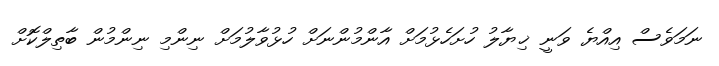
ނަމަވެސް އިއްޔެ ވަނީ ޚިޔާލު ހުށަހެޅުމަށް އާންމުންނަށް ހުޅުވާލުމަށް ނިންމި ނިންމުން ބާތިލްކޮށް